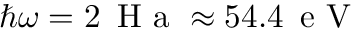
\hbar \omega = 2 \, \mathrm { ~ H ~ a ~ } \approx 5 4 . 4 \, \mathrm { ~ e ~ V ~ }